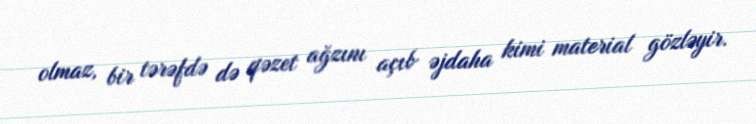
olmaz, bir tərəfdə də qəzet ağzını açıb əjdaha kimi material gözləyir.